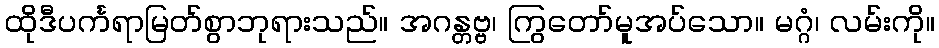
ထိုဒီပင်္ကရာမြတ်စွာဘုရားသည်။ အဂန္တဗ္ဗ၊ ကြွတော်မူအပ်သော။ မဂ္ဂံ၊ လမ်းကို။